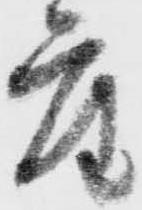
座